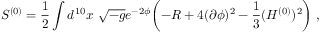
S ^ { ( 0 ) } = \frac { 1 } { 2 } \int d ^ { 1 0 } x \ \sqrt { - g } e ^ { - 2 \phi } \biggl ( - R + 4 ( \partial \phi ) ^ { 2 } - { \frac { 1 } { 3 } } ( H ^ { ( 0 ) } ) ^ { 2 } \biggr ) \ ,